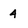
Character: 4